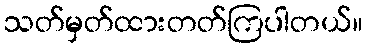
သတ်မှတ်ထားတတ်ကြပါတယ်။